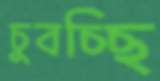
চুবচ্ছি